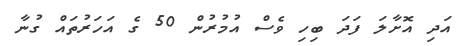
އަދި އޮށާލަ ފަދަ ބިހި ވެސް އުމުރުން 50 ގެ އަހަރުތައް ގުނާ